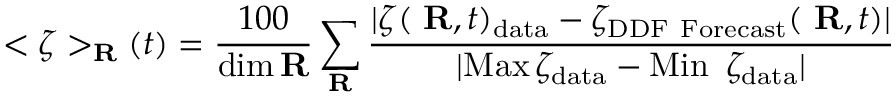
< \zeta > _ { { \bf R } } ( t ) = \frac { 1 0 0 } { \mathrm { d i m } \, { \bf R } } \sum _ { { \bf R } } \frac { | \zeta ( \mathrm { { \bf ~ R } } , t ) _ { \mathrm { d a t a } } - { \zeta } _ { \mathrm { D D F ~ F o r e c a s t } } ( \mathrm { { \bf ~ R } } , t ) | } { | \mathrm { M a x } \, \zeta _ { \mathrm { d a t a } } - \mathrm { M i n ~ } \, \zeta _ { \mathrm { d a t a } } | }